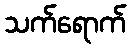
သက်ရောက်